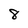
Character: 8